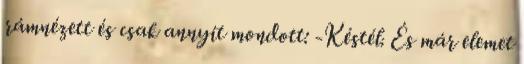
rámnézett és csak annyit mondott: -Késtél. És már elemet